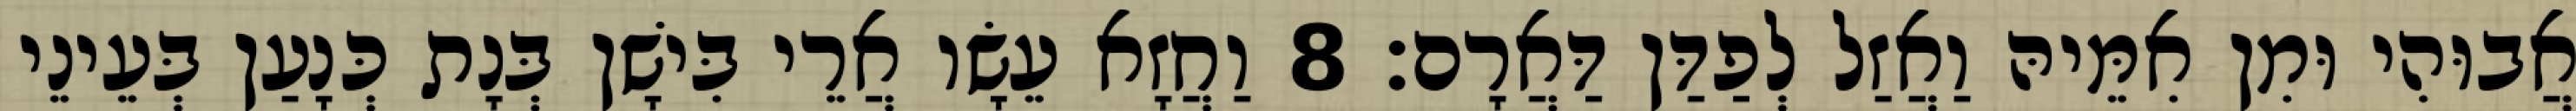
אֲבוּהִי וּמִן אִמֵּיהּ וַאֲזַל לְפַדַּן דַּאֲרָם׃ 8 וַחֲזָא עֵשָׂו אֲרֵי בִּישָׁן בְּנָת כְּנָעַן בְּעֵינֵי